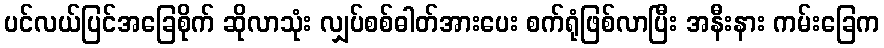
ပင်လယ်ပြင်အခြေစိုက် ဆိုလာသုံး လျှပ်စစ်ဓါတ်အားပေး စက်ရုံဖြစ်လာပြီး အနီးနား ကမ်းခြေက